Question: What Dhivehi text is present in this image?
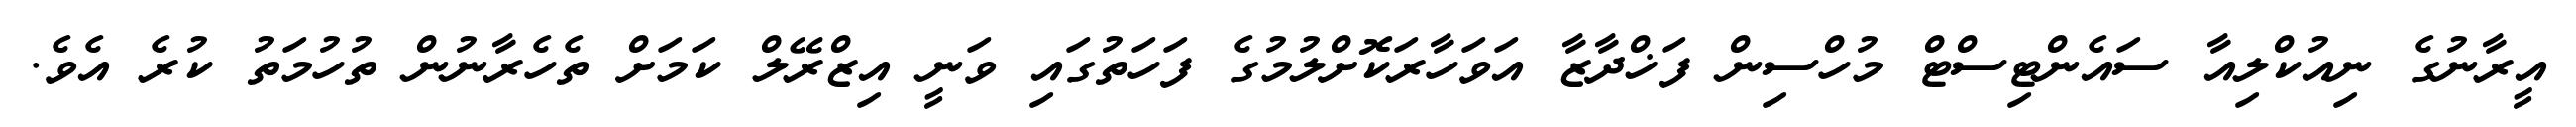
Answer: އީރާނުގެ ނިއުކްލިއާ ސައެންޓިސްޓް މުހްސިން ފަޚްދާޒާ އަވަހާރަކޮށްލުމުގެ ފަހަތުގައި ވަނީ އިޒްރޭލް ކަމަށް ތެހެރާނުން ތުހުމަތު ކުރެ އެވެ.